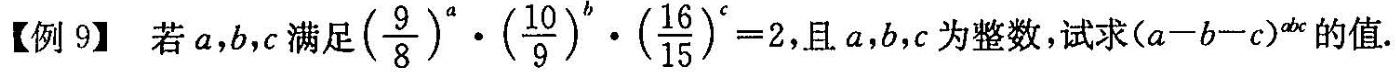
【例9】若a，b，e满足$$( \frac { 9 } { 8 } ) ^ { a }